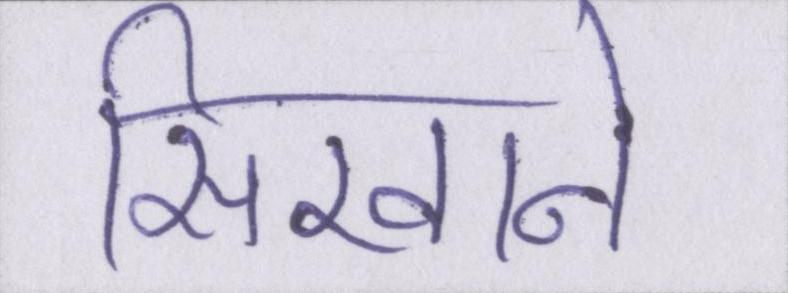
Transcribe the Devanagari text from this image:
सिखाने